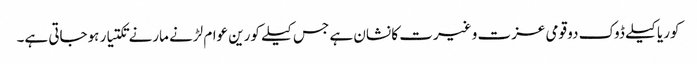
کوریا کیلے ڈوک دو قومی عزت و غیرت کا نشان ہے جس کیلے کورین عوام لڑنے مارنے تکتیار ہوجاتی ہے۔